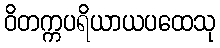
ဝိတက္ကပရိယာယပထေသု